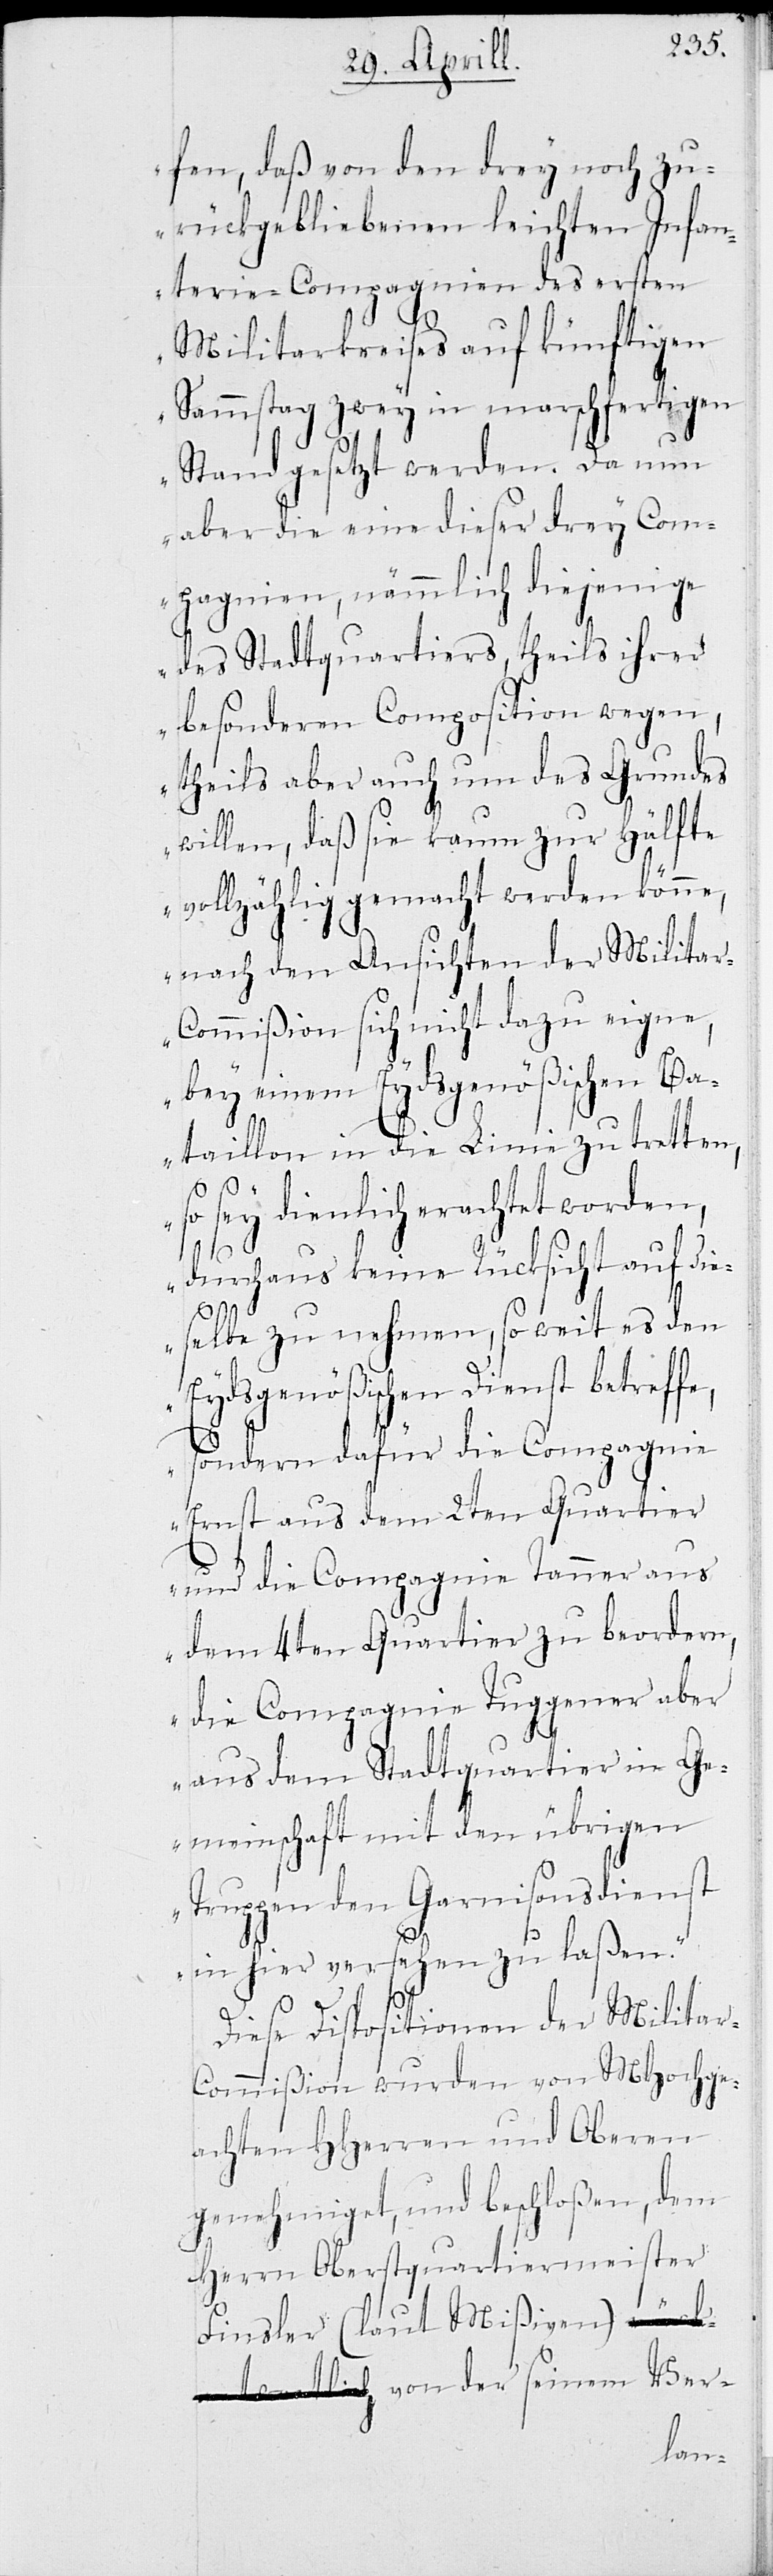
fen, daß von den drey noch zu¬
rückgebliebenen leichten Infan¬
terie-Compagnien des ersten
Militarkreises auf künftigen
Sammstag zwey in marschfertigen
Stand gesetzt werden. Da nun
aber die eine dieser drey Com¬
pagnien, nämmlich diejenige
des Stadtquartiers, theils ihrer
besonderen Composition wegen,
theils aber auch um des Grundes
willen, daß sie kaum zur Hälfte
vollzählig gemacht werden könne,
nach den Ansichten der Milita¬
r-Commißion sich nicht dazu eigne,
bey einem Eydsgenößischen Ba¬
taillon in die Linie zu tretten,
so sey dienlich erachtet worden,
durchaus keine Rücksicht auf die¬
selbe zu nehmen, so weit es den
Eydsgenößischen Dienst betreff¬
e, sondern dafür die Compagnie
Ernst aus dem 2ten Quartier
und die Compagnie Tanner aus
dem 4ten Quartier zu beordern,
die Compagnie Tuggener aber
aus dem Stadtquartier in Ge¬
meinschaft mit den übrigen
Truppen den Garnisonsdienst
in hier versehen zu laßen.“
Diese Dispositionen der Militar-C¬
ommißion wurden von MHochge¬
achten HHerren und Oberen
genehmiget, und beschloßen, dem
Herrn Oberstquartiermeister
Finsler (laut Mißiven) von der